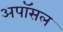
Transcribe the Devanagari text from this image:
अपॉसल